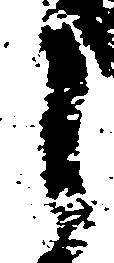
之